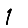
Digit: 1